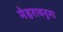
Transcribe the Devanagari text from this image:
मेहरावनुमा